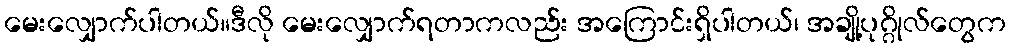
မေးလျှောက်ပါတယ်။ဒီလို မေးလျှောက်ရတာကလည်း အကြောင်းရှိပါတယ်၊ အချို့ပုဂ္ဂိုလ်တွေက